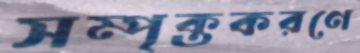
সম্পৃক্তকরণে